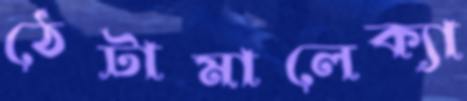
ঠেটামালেক্যা